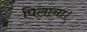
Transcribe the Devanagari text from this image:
पिलाना।